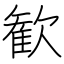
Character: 歓